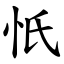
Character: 忯